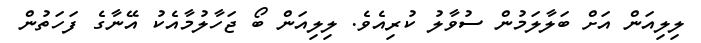
ލިލިއަން އަށް ބަލާލަމުން ސުވާލު ކުރިއެވެ. ލިލިއަން ބޯ ޖަހާލުމާއެކު އޭނާގެ ފަހަތުން